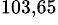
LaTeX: ^\mathrm{103,65}